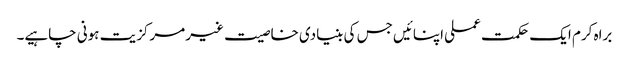
براہ کرم ایک حکمت عملی اپنائیں جس کی بنیادی خاصیت غیر مرکزیت ہونی چاہیے۔